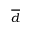
\overline { d }